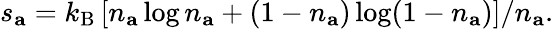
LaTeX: s_{\mathbf{a}}=k_{\mathrm{B}}\left[n_{\mathbf{a}}\log n_{\mathbf{a}}+(1-n_{\mathbf{a}})\log(1-n_{\mathbf{a}})\right]/n_{\mathbf{a}}.